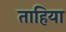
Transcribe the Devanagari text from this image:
ताहिया